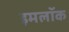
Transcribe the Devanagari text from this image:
इमलॉक